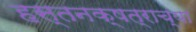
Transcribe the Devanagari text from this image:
हस्तनक्षत्राच्या